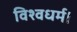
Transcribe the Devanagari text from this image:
विश्वधर्म।